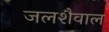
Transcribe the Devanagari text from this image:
जलशैवाल